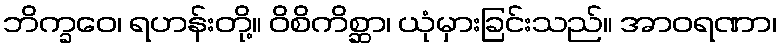
ဘိက္ခဝေ၊ ရဟန်းတို့။ ဝိစိကိစ္ဆာ၊ ယုံမှားခြင်းသည်။ အာဝရဏာ၊